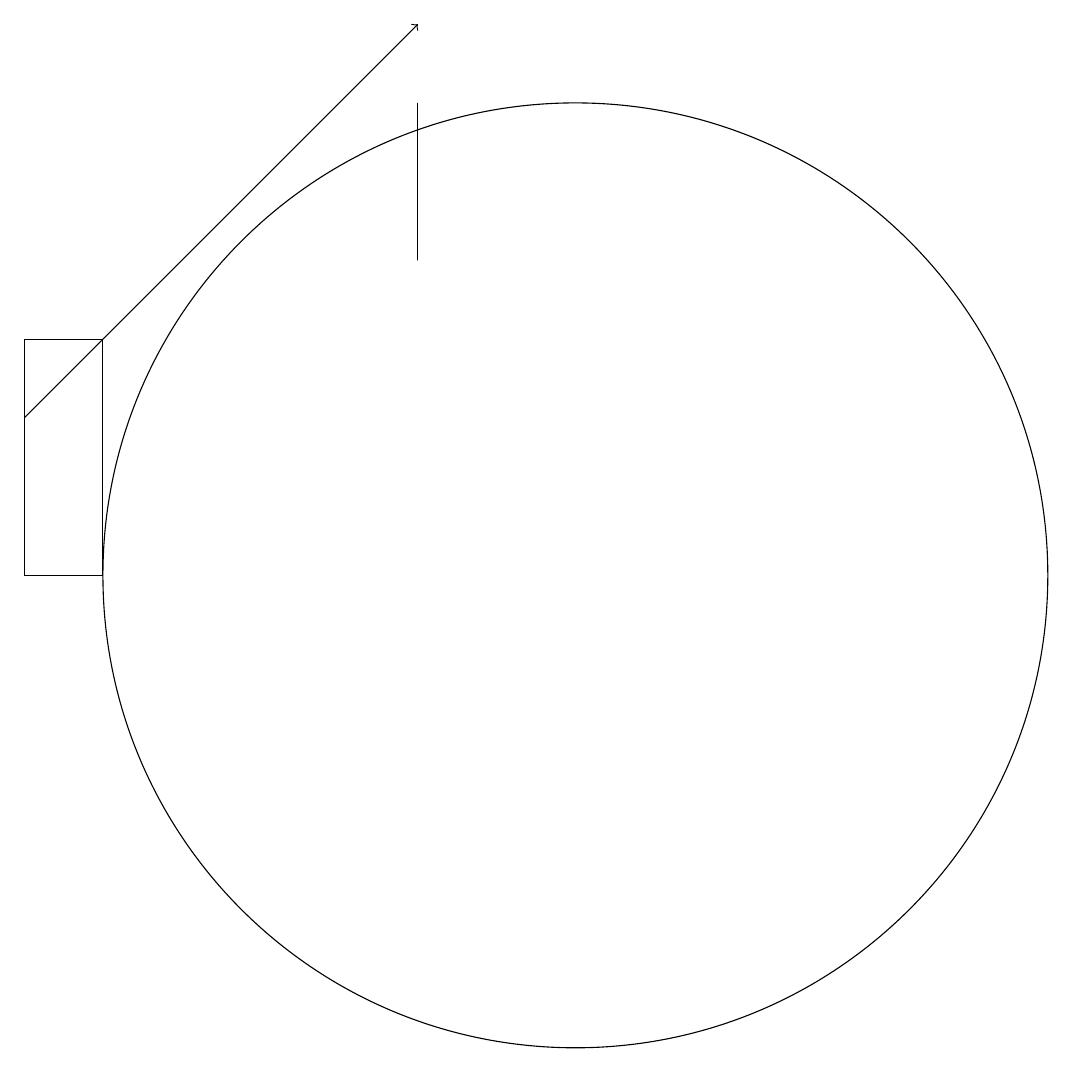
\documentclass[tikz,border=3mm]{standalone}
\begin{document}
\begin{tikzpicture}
\draw (11,11) circle (6);
\draw (9,15) rectangle (9,17);
\draw (5,11) rectangle (4,14);
\draw[->] (4,13) -- (9,18);
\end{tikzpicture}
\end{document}